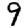
Digit: 9